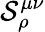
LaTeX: \mathcal{S}_{\rho}^{\mu\nu}